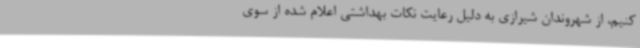
کنیم، از شهروندان شیرازی به دلیل رعایت نکات بهداشتی اعلام شده از سوی